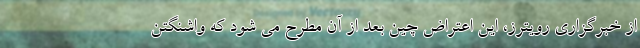
از خبرگزاری رویترز، این اعتراض چین بعد از آن مطرح می شود که واشنگتن